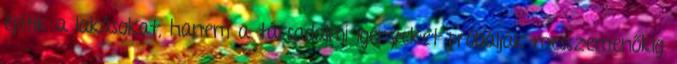
építik a lakásokat, hanem a társadalmi igényeket próbálják messzemenőkig